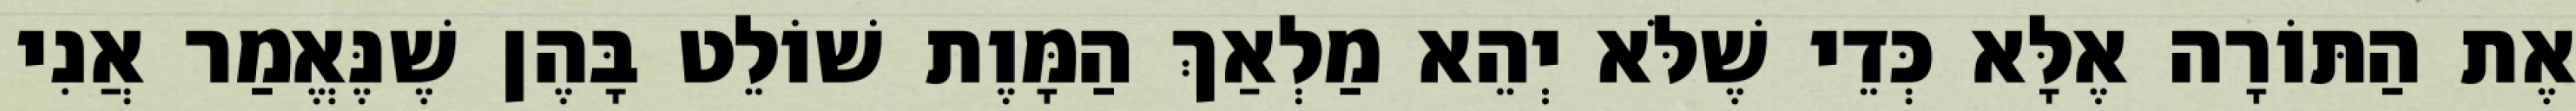
אֶת הַתּוֹרָה אֶלָּא כְּדֵי שֶׁלֹּא יְהֵא מַלְאַךְ הַמָּוֶת שׁוֹלֵט בָּהֶן שֶׁנֶּאֱמַר אֲנִי